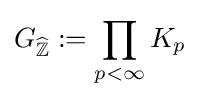
G_{\widehat {\mathbb {Z} }}:=\prod _{p<\infty }K_{p}